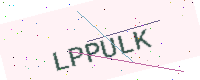
Text: LPPULK